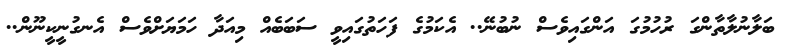
ބަލާނުލާތާންގަ ރުހުމުގަ އަންގައިވެސް ނުބުނޭ.. އެކަމުގެ ފަހަތުގައިވީ ސަބަބެއް މިއަދާ ހަމަޔަށްވެސް އެނގުނީކީނޫން..